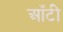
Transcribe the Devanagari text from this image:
आँटी